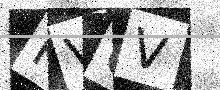
Text: KVUV